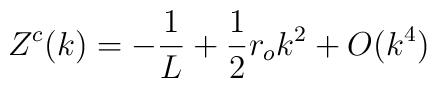
Z^c(k) = -\frac{1}{L} + \frac{1}{2}r_o k^2 + O(k^4)